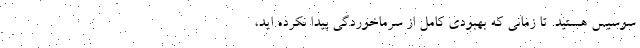
سوسیس هستید. تا زمانی که بهبودی کامل از سرماخوردگی پیدا نکرده اید،